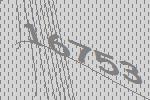
16753